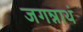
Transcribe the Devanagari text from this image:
जगन्नाथं